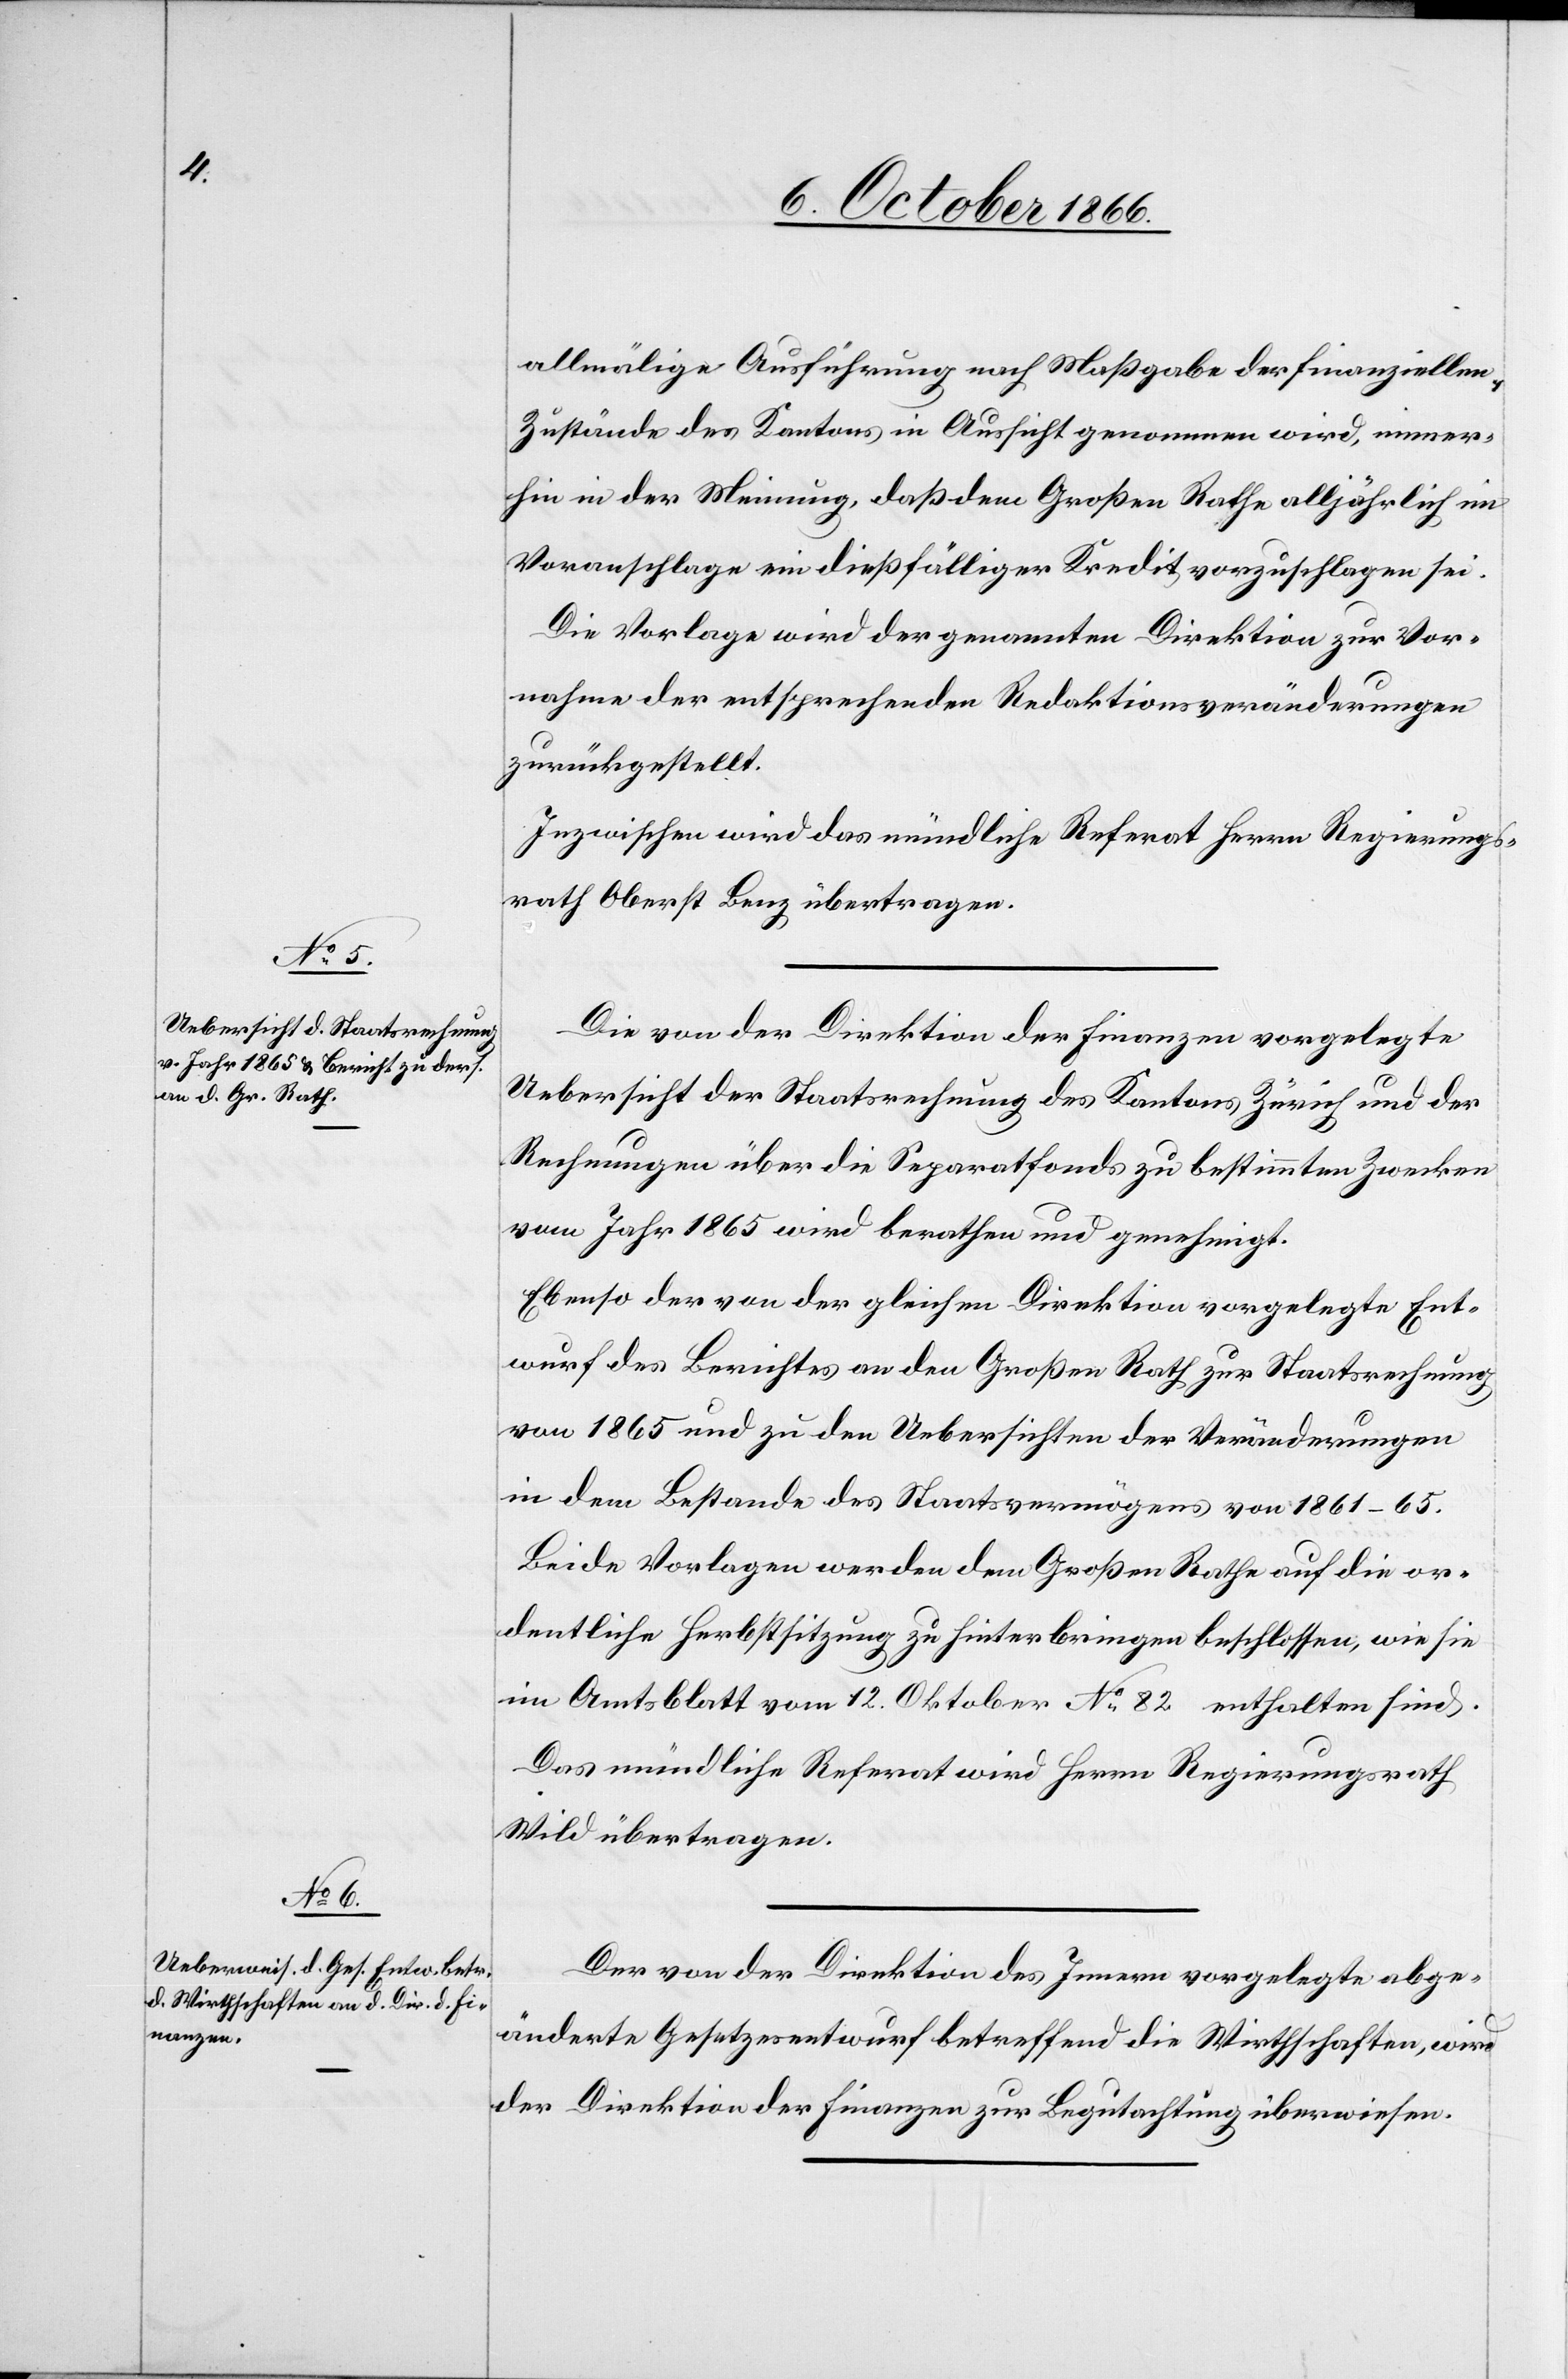
allmälige Ausführung nach Maßgabe der finanziellen
Zustände des Kantons in Aussicht genommen wird, immer¬
hin in der Meinung, daß dem Großen Rathe alljährlich im
Voranschlage ein dießfälliger Kredit vorzuschlagen sei.
Die Vorlage wird der genannten Direktion zur Vor¬
nahme der entsprechenden Redaktionsveränderungen
zurückgestellt.
Inzwischen wird das mündliche Referat Herrn Regierungs¬
rath Oberst Benz übertragen.
Die von der Direktion der Finanzen vorgelegte
Uebersicht der Staatsrechnung des Kantons Zürich und der
Rechnungen über die Separatfonds zu bestimmten Zwecken
vom Jahr 1865 wird berathen und genehmigt.
Ebenso der von der gleichen Direktion vorgelegte Ent¬
wurf des Berichtes an den Großen Rath zur Staatsrechnung
von 1865 und zu den Uebersichten der Veränderungen
in dem Bestande des Staatsvermögens von 1861–65.
Beide Vorlagen werden dem Großen Rathe auf die or¬
dentliche Herbstsitzung zu hinterbringen beschlossen, wie sie
im Amtsblatt vom 12. Oktober No. 82 enthalten sind.
Das mündliche Referat wird Herrn Regierungsrath
Wild übertragen.
Der von der Direktion des Innern vorgelegte abge¬
änderte Gesetzesentwurf betreffend die Wirthschaften, wird
der Direktion der Finanzen zur Begutachtung überwiesen.